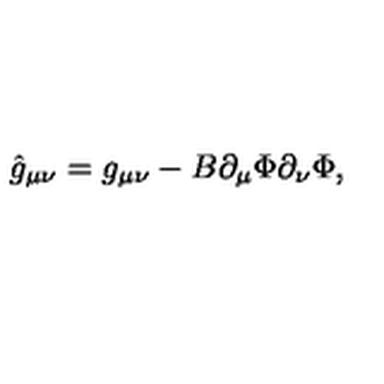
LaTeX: \hat { g } _ { \mu \nu } = g _ { \mu \nu } - B \partial _ { \mu } \Phi \partial _ { \nu } \Phi ,